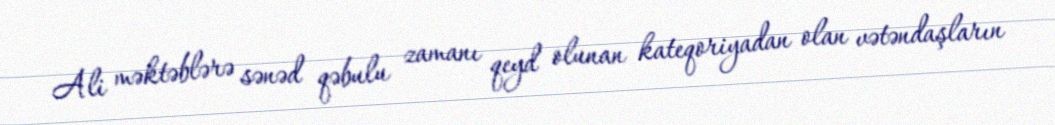
Ali məktəblərə sənəd qəbulu zamanı qeyd olunan kateqoriyadan olan vətəndaşların